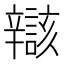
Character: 𫐝